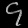
Digit: ၄